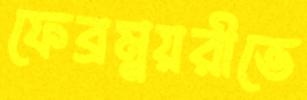
ফেব্রম্নয়রীতে